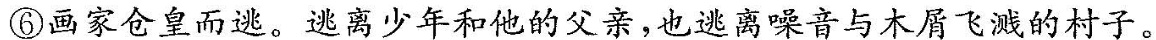
⑥画家仓皇而逃。逃离少年和他的父亲，也逃离噪音与木屑飞溅的村子。